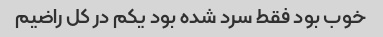
خوب بود فقط سرد شده بود یکم در کل راضیم